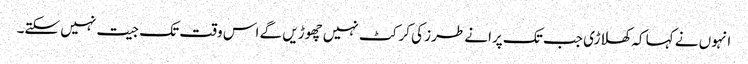
انہوں نے کہا کہ کھلاڑی جب تک پرانے طرز کی کرکٹ نہیں چھوڑیں گے اس وقت تک جیت نہیں سکتے۔